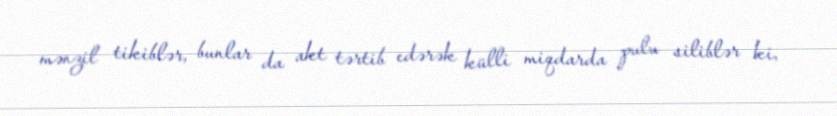
mənzil tikiblər, bunlar da akt tərtib edərək külli miqdarda pulu siliblər ki,